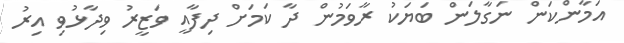
އަމާންކަން ނަގާލަން ބަޔަކު ރާވަމުން ދާ ކަމަށް ދިފާއީ ވަޒީރު ވިދާޅުވި އިރު